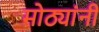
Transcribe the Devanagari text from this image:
मोठ्यांनी